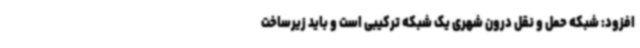
افزود: شبکه حمل و نقل درون شهری یک شبکه ترکیبی است و باید زیرساخت